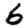
Digit: 6